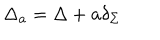
\Delta _ { \bf a } = \Delta + { \bf a } \delta _ { \Sigma }